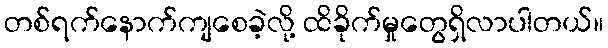
တစ်ရက်နောက်ကျစေခဲ့လို့ ထိခိုက်မှုတွေရှိလာပါတယ်။